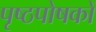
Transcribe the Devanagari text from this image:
पृष्ठपोषकों